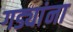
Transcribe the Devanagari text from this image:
गड्यांना